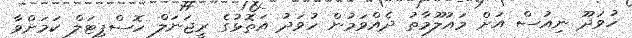
ހުވަދޫ ނިއުސް އަށް މައުލޫމާތު ދެއްވަމުން ހުވަދު އަތޮޅުގެ ރީޖަނަލް ހޮސްޕިޓަލް ކަމަށްވާ